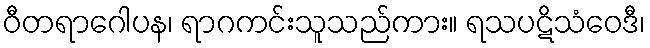
ဝီတရာဂေါပန၊ ရာဂကင်းသူသည်ကား။ ရသပဋိသံဝေဒီ၊